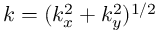
k = ( k _ { x } ^ { 2 } + k _ { y } ^ { 2 } ) ^ { 1 / 2 }